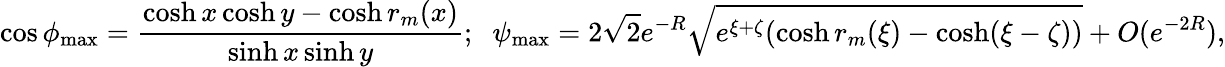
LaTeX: \cos\phi_{\operatorname*{max}}=\frac{\cosh x\cosh y-\cosh r_{m}(x)}{\sinh x\sinh y};\; \; \psi_{\operatorname*{max}}=2\sqrt{2}e^{-R}\sqrt{e^{\xi+\zeta}(\cosh r_{m}(\xi)-\cosh(\xi-\zeta))}+O(e^{-2R}),